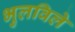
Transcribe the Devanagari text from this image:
भुलविले